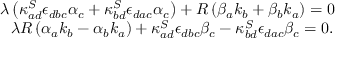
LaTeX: \begin{array} { l } { { \lambda \left( \kappa _ { a d } ^ { S } \epsilon _ { d b c } \alpha _ { c } + \kappa _ { b d } ^ { S } \epsilon _ { d a c } \alpha _ { c } \right) + R \left( \beta _ { a } k _ { b } + \beta _ { b } k _ { a } \right) = 0 } } \\ { { \ \ \lambda R \left( \alpha _ { a } k _ { b } - \alpha _ { b } k _ { a } \right) + \kappa _ { a d } ^ { S } \epsilon _ { d b c } \beta _ { c } - \kappa _ { b d } ^ { S } \epsilon _ { d a c } \beta _ { c } = 0 . } } \end{array}